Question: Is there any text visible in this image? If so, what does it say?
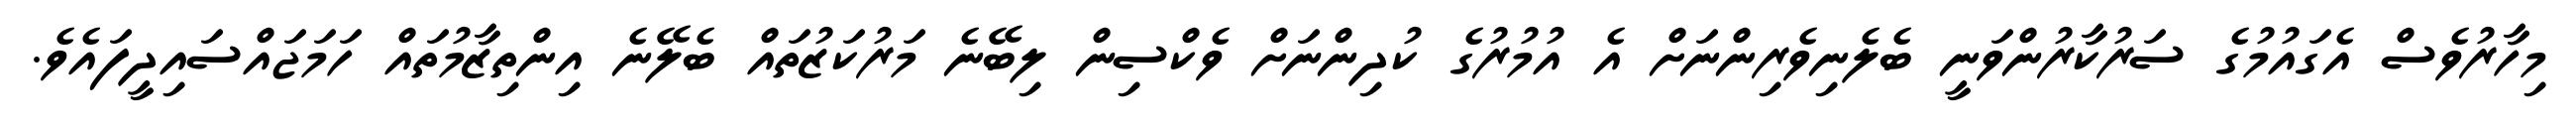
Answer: މިހާރުވެސް އެގައުމުގެ ސަރުކާރުންވަނީ ބެލެނިވެރިންނަށް އެ އުމުރުގެ ކުދިންނަށް ވެކްސިން ލިބޭނެ މަރުކަޒުތައް ބެލޭނެ އިންތިޒާމުތައް ހަމަޖައްސައިދީފައެވެ.